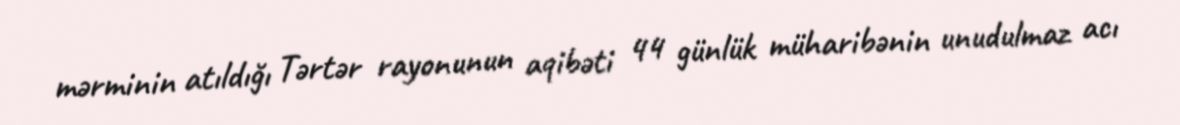
mərminin atıldığı Tərtər rayonunun aqibəti 44 günlük müharibənin unudulmaz acı